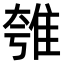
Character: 𨾺